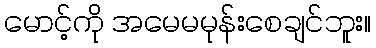
မောင့်ကို အမေမမုန်းစေချင်ဘူး။